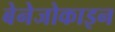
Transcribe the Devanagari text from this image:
बेनेजोकाइन